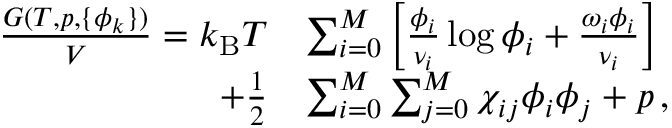
\begin{array} { r l } { \frac { G ( T , p , \{ \phi _ { k } \} ) } { V } = k _ { \mathrm { B } } T } & { \sum _ { i = 0 } ^ { M } \left[ \frac { \phi _ { i } } { \nu _ { i } } \log { \phi _ { i } } + \frac { \omega _ { i } \phi _ { i } } { \nu _ { i } } \right] } \\ { + \frac { 1 } { 2 } } & { \sum _ { i = 0 } ^ { M } \sum _ { j = 0 } ^ { M } \chi _ { i j } \phi _ { i } \phi _ { j } + p \, , } \end{array}